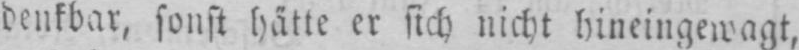
denkbar, sonst hätte er sich nicht hineingewagt,